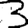
Digit: 3